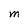
Character: M